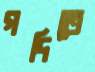
গদিতে